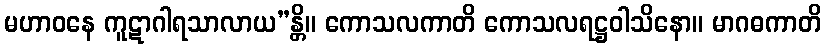
မဟာဝနေ ကူဋာဂါရသာလာယ”န္တိ။ ကောသလကာတိ ကောသလရဋ္ဌဝါသိနော။ မာဂဓကာတိ